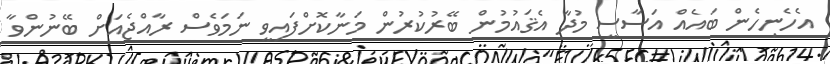
އެހެނިހެން ބައެއް އަސާސީ މުދާ އެޤައުމުން ބޭރުކުރުން މަނާކޮށްފައިވީ ނަމަވެސް ރާއްޖެއަށް ބޭނުންވާ